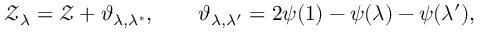
\mathcal { Z } _ { \lambda } = \mathcal { Z } + \vartheta _ { \lambda , \lambda ^ { * } } , \qquad \vartheta _ { \lambda , \lambda ^ { \prime } } = 2 \psi ( 1 ) - \psi ( \lambda ) - \psi ( \lambda ^ { \prime } ) ,